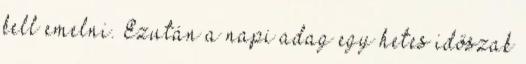
kell emelni. Ezután a napi adag egy hetes időszak